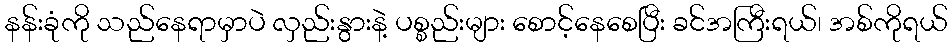
နန်းခုံကို သည်နေရာမှာပဲ လှည်းနွားနဲ့ ပစ္စည်းများ စောင့်နေစေပြီး ခင်အကြီးရယ်၊ အစ်ကိုရယ်